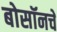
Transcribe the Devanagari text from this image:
बोसॉनचे